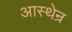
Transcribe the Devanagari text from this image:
आस्थेन्र